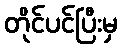
တိုင်ပင်ပြီးမှ